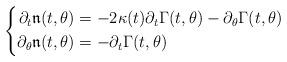
LaTeX: \begin{align*}\left\{\begin{aligned}\partial_t\mathfrak{n}(t,\theta)&=-2\kappa(t)\partial_t\Gamma(t,\theta)-\partial_\theta\Gamma(t,\theta)\\\partial_\theta\mathfrak{n}(t,\theta)&=-\partial_t\Gamma(t,\theta)\end{aligned}\right.\end{align*}